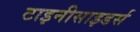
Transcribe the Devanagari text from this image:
टाइनीसाइडर्स